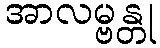
အာလမ္ဗန္တု